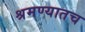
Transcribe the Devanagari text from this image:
श्रमण्यातच